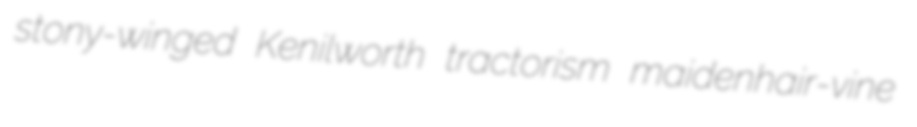
stony-winged Kenilworth tractorism maidenhair-vine